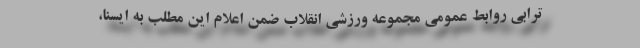
ترابی روابط عمومی مجموعه ورزشی انقلاب ضمن اعلام این مطلب به ایسنا،